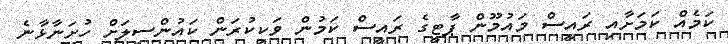
ކަމެއް ކަމަށާއި ރައީސް މައުމޫން ޕާޓީގެ ރައީސް ކަމުން ވަކިކުރަން ކައުންސިލަށް ހުށަނާޅާނެ